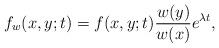
LaTeX: \begin{align*}f_w(x,y;t) = f(x,y;t)\frac{w(y)}{w(x)}e^{\lambda t},\end{align*}